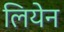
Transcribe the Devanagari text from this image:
लियेन